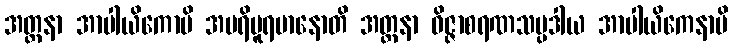
အတ္တနာ အာပါယိကောပိ အပရိပူရမာနောတိ အတ္တနာ ဝိဇ္ဇာစရဏသမ္ပဒါယ အာပါယိကေနာပိ